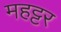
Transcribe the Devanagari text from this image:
महट्टर